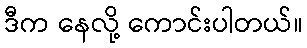
ဒီက နေလို့ ကောင်းပါတယ်။